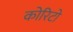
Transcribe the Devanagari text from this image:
कोरिटो